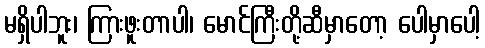
မရှိပါဘူး၊ ကြားဖူးတာပါ၊ မောင်ကြီးတို့ဆီမှာတော့ ပေါမှာပေါ့